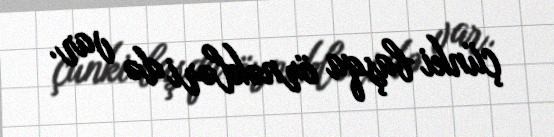
çünki başqa örnəkləri də var.